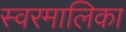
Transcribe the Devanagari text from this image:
स्वरमालिका